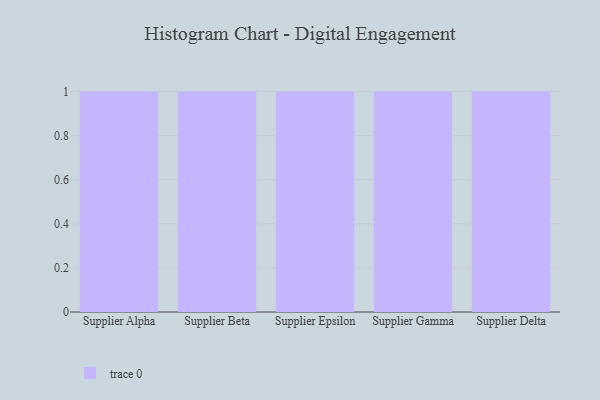
{"axis": {"x": "Supplier", "y": "Active Users"}, "legend": [""], "data": [{"x": "Supplier Alpha", "y": 23, "type": ""}, {"x": "Supplier Beta", "y": 10, "type": ""}, {"x": "Supplier Epsilon", "y": 19, "type": ""}, {"x": "Supplier Gamma", "y": 59, "type": ""}, {"x": "Supplier Delta", "y": 41, "type": ""}]}